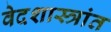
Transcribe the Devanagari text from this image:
वेदशास्त्रांत